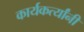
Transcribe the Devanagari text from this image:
कार्यकर्त्यांंनी